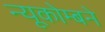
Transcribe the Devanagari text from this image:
न्यूकोम्बने